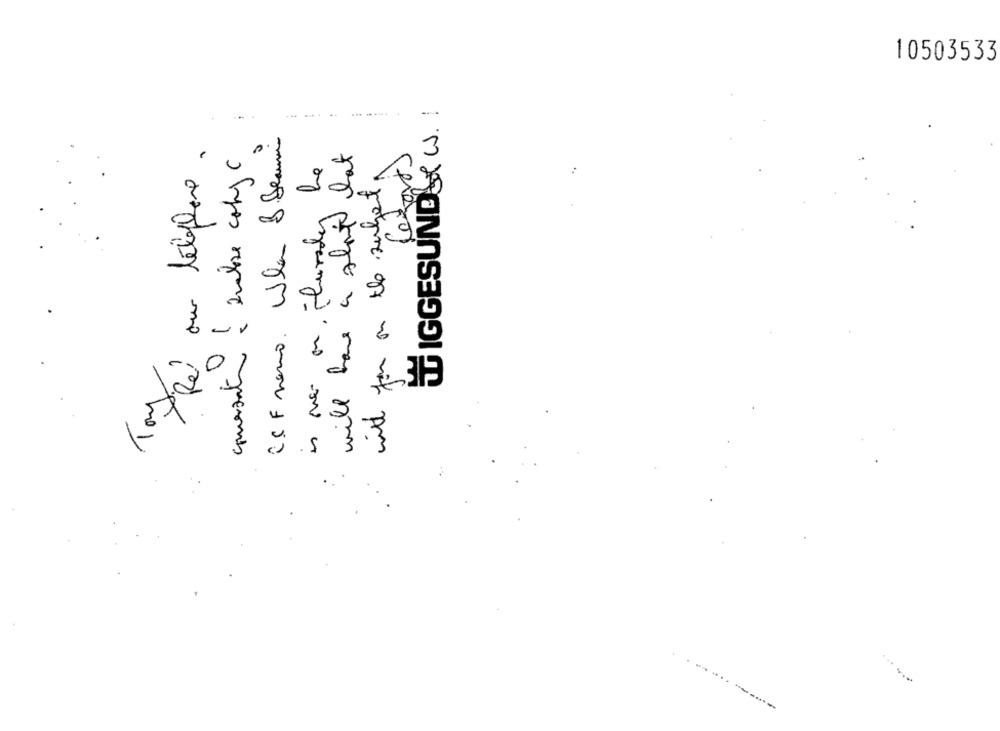
10503533
TIGGESUND W. !
CSF mano. Wla B Jean
Ré au téléphone.
will have a short hat
is over on thursday be
will you on the subject,
Tom
...........-